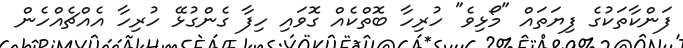
ފަންކާތަކުގެ ފިޔަތައް "މޯޅިވެ" ހުރިހާ ބޮތްކެއް ގޮވައި ހިފާ ގެންގުޅޭ ހުރިހާ އެއްޗެއްހެން